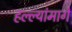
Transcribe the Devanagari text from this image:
हल्ल्यांमागे